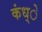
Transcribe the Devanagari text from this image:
कंध्े